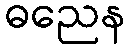
ဓညေန